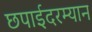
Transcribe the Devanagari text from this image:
छपाईदरम्यान